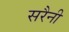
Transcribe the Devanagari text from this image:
सरैनी